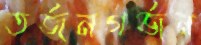
তর্জনগর্জন